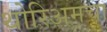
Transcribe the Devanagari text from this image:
थोरिअमचा